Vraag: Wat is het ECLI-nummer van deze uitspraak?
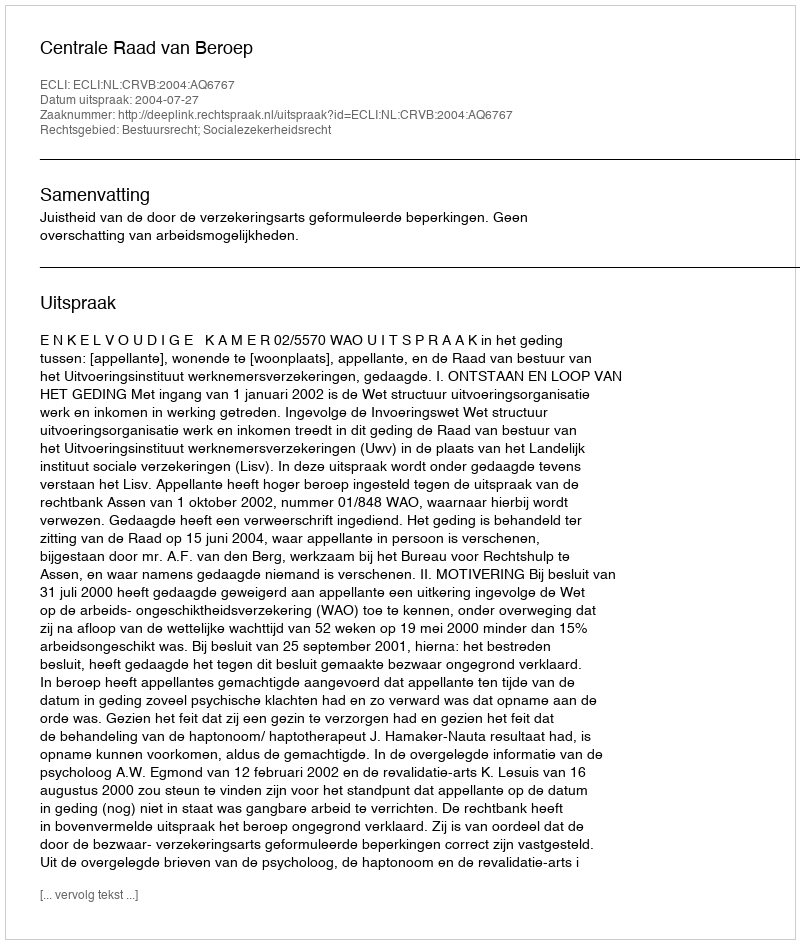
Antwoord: ECLI:NL:CRVB:2004:AQ6767